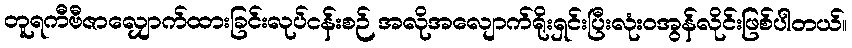
တူရကီဗီဇာလျှောက်ထားခြင်းလုပ်ငန်းစဉ် အလိုအလျောက်ရိုးရှင်းပြီးလုံးဝအွန်လိုင်းဖြစ်ပါတယ်။